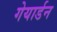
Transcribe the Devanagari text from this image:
गेयार्डन